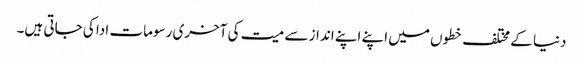
دنیا کے مختلف خطوں میں اپنے اپنے انداز سے میت کی آخری رسومات ادا کی جاتی ہیں۔